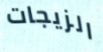
الزيجات